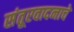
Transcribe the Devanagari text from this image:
संतूरवादनाचे